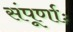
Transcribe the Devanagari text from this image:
संपूर्णाः